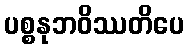
ပစ္စနုဘဝိဿတိပေ